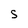
Character: S